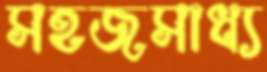
সহজসাধ্য